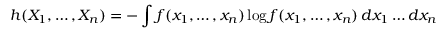
h ( X _ { 1 } , \ldots , X _ { n } ) = - \int f ( x _ { 1 } , \ldots , x _ { n } ) \log f ( x _ { 1 } , \ldots , x _ { n } ) \, d x _ { 1 } \ldots d x _ { n }